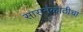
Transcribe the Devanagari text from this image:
सासनंकाठीचा